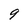
Character: 9